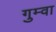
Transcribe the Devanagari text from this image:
गुम्वा